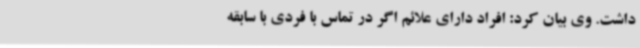
داشت. وی بیان کرد: افراد دارای علائم اگر در تماس با فردی با سابقه